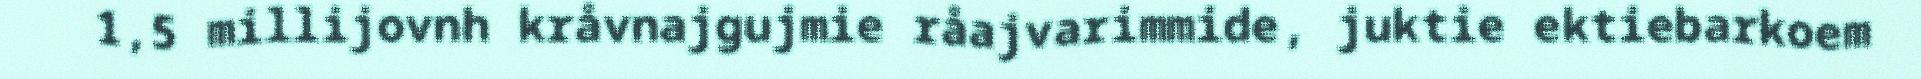
1,5 millijovnh kråvnajgujmie råajvarimmide, juktie ektiebarkoem